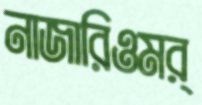
নাজারিওমর্